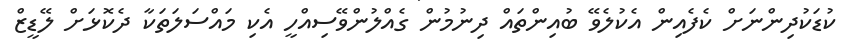
ކުޑަކުދިންނަށް ކެފެއިން އެކުލެވޭ ބުއިންތައް ދިނުމުން ގެއްލުންވޭސިއްހީ އެކި މައްސަލަތަކާ ދެކޮޅަށް ލޭޑީޒް